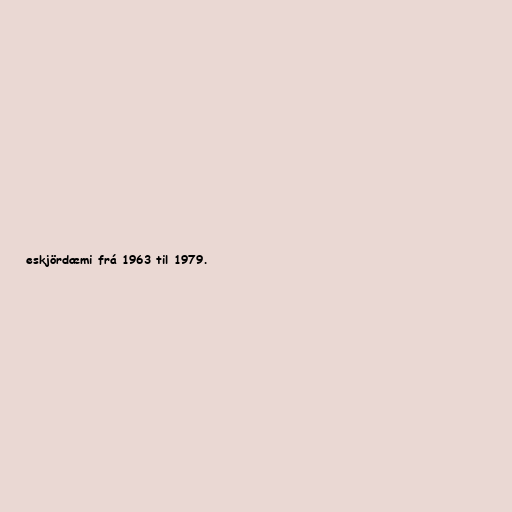
eskjördæmi frá 1963 til 1979.